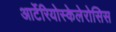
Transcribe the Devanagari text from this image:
आर्टेरियोस्केलेरोसिस